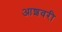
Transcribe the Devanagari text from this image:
आशवरी